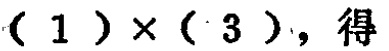
$(1)\times(3),\text{得}$